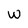
Character: w